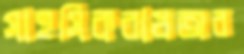
সাহসিকবাধঅর